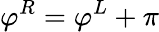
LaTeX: \varphi^{R}=\varphi^{L}+\pi